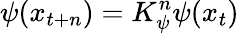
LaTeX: \psi(x_{t+n})=K_{\psi}^{n}\psi(x_{t})